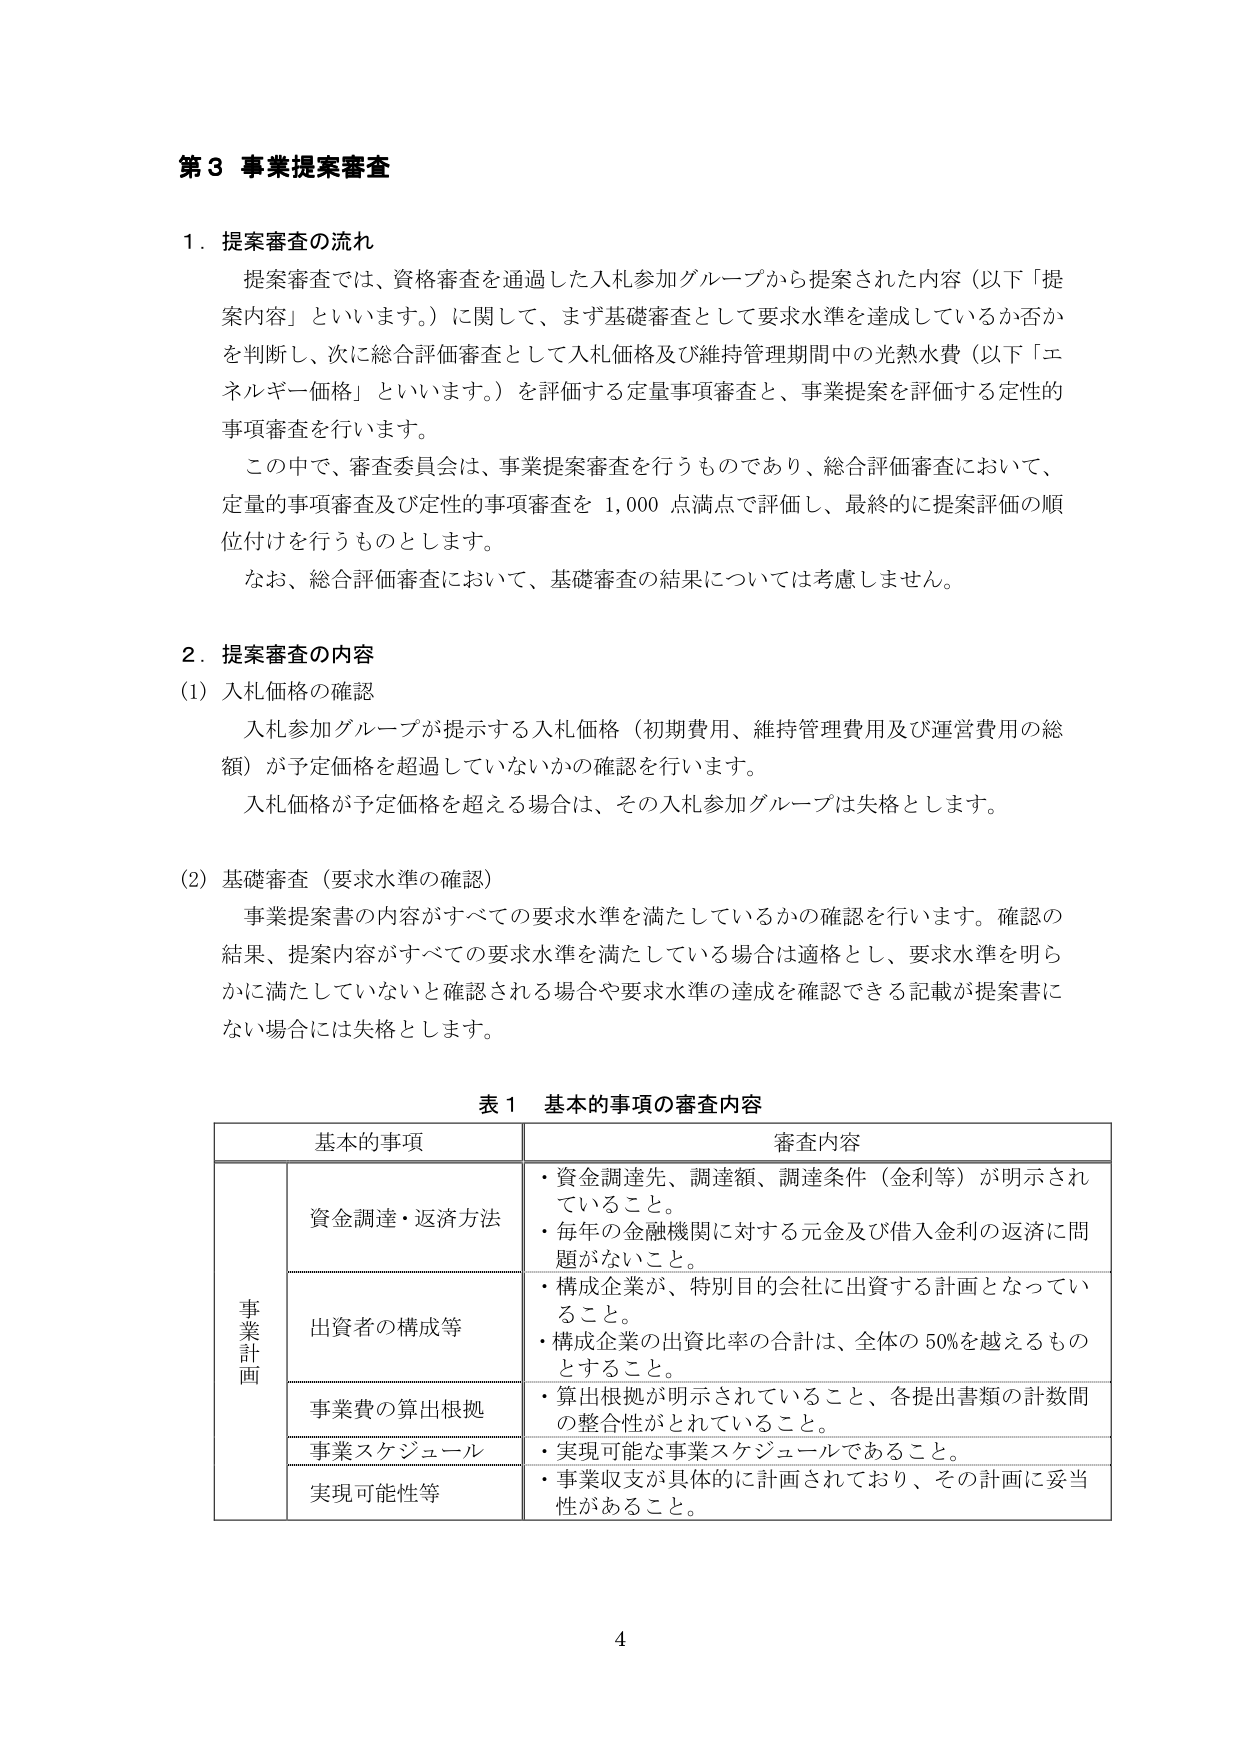
第３ 事業提案審査

１．提案審査の流れ
提案審査では、資格審査を通過した入札参加グループから提案された内容（以下「提案内容」といいます。）に関して、まず基礎審査として要求水準を達成しているか否かを判断し、次に総合評価審査として入札価格及び維持管理期間中の光熱水費（以下「エネルギー価格」といいます。）を評価する定量事項審査と、事業提案を評価する定性的事項審査を行います。
この中で、審査委員会は、事業提案審査を行うものであり、総合評価審査において、定量的事項審査及び定性的事項審査を1,000点満点で評価し、最終的に提案評価の順位付けを行うものとします。
なお、総合評価審査において、基礎審査の結果については考慮しません。

２．提案審査の内容
(1) 入札価格の確認
入札参加グループが提示する入札価格（初期費用、維持管理費用及び運営費用の総額）が予定価格を超過していないかの確認を行います。
入札価格が予定価格を超える場合は、その入札参加グループは失格とします。

(2) 基礎審査（要求水準の確認）
事業提案書の内容がすべての要求水準を満たしているかの確認を行います。確認の結果、提案内容がすべての要求水準を満たしている場合は適格とし、要求水準を明らかに満たしていないと確認される場合や要求水準の達成を確認できる記載が提案書にない場合には失格とします。

表１ 基本的事項の審査内容

基本的事項 審査内容
事業計画 資金調達・返済方法 ・資金調達先、調達額、調達条件（金利等）が明示されていること。
・毎年の金融機関に対する元金及び借入金利の返済に問題がないこと。
出資者の構成等 ・構成企業が、特別目的会社に出資する計画となっていること。
・構成企業の出資比率の合計は、全体の50%を越えるものとすること。
事業費の算出根拠 ・算出根拠が明示されていること、各提出書類の計数間の整合性がとれていること。
事業スケジュール ・実現可能な事業スケジュールであること。
実現可能性等 ・事業収支が具体的に計画されており、その計画に妥当性があること。

4